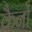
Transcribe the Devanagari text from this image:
कैनों